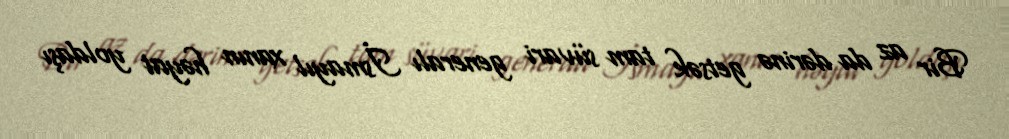
Bir az da dərinə getsək tam süvari generalı İsmayıl xanın həyat yoldaşı